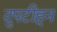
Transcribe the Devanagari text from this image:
दुपटीहून